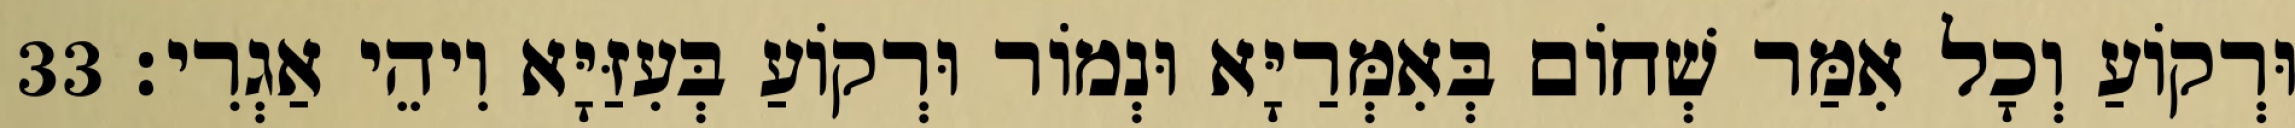
וּרְקוֹעַ וְכָל אִמַּר שְׁחוֹם בְּאִמְּרַיָּא וּנְמוֹר וּרְקוֹעַ בְּעִזַּיָּא וִיהֵי אַגְרִי׃ 33